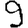
Digit: 9